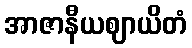
အာဇာနီယဈာယိတံ